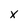
Character: x